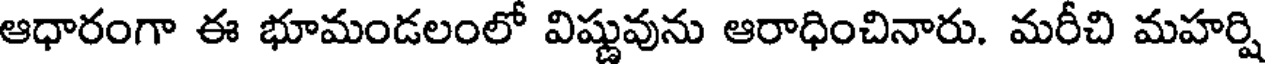
ఆధారంగా ఈ భూమండలంలో విష్ణువును ఆరాధించినారు. మరీచి మహర్షి